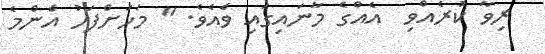
ރިވާ ކުރެއްވި  އެއްގެ މާނައިގައި ވެއެވެ. " މަހަށްފަހު އެންމެ